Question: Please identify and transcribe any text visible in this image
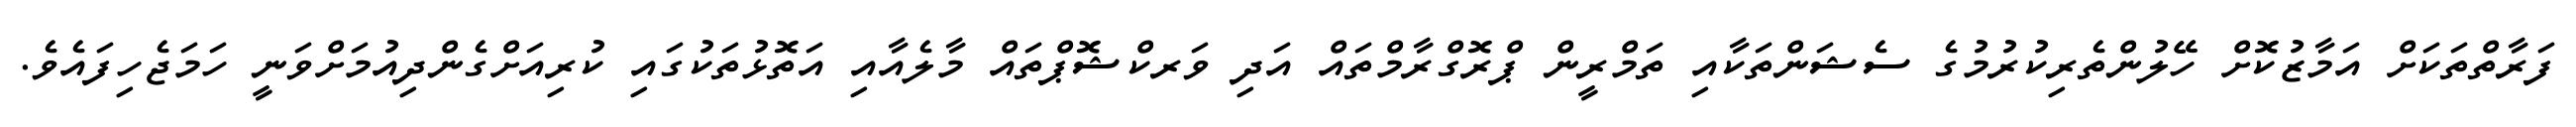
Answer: ފަރާތްތަކަށް އަމާޒުކޮށް ހޭލުންތެރިކުރުމުގެ ސެޝަންތަކާއި ތަމްރީން ޕްރޮގްރާމްތައް އަދި ވަރކްޝޮޕްތައް މާލެއާއި އަތޮޅުތަކުގައި ކުރިއަށްގެންދިއުމަށްވަނީ ހަމަޖެހިފައެވެ.